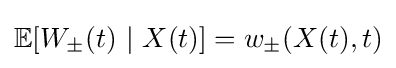
\mathbb {E} [W_{\pm }(t)\ |\ X(t)]=w_{\pm }(X(t),t)